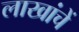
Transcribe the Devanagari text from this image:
लाखांचें